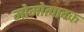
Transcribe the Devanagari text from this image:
मोमोत्पादक